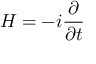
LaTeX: H = - i \frac { \partial } { \partial t }